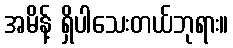
အမိန့် ရှိပါသေးတယ်ဘုရား။